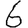
Digit: 6